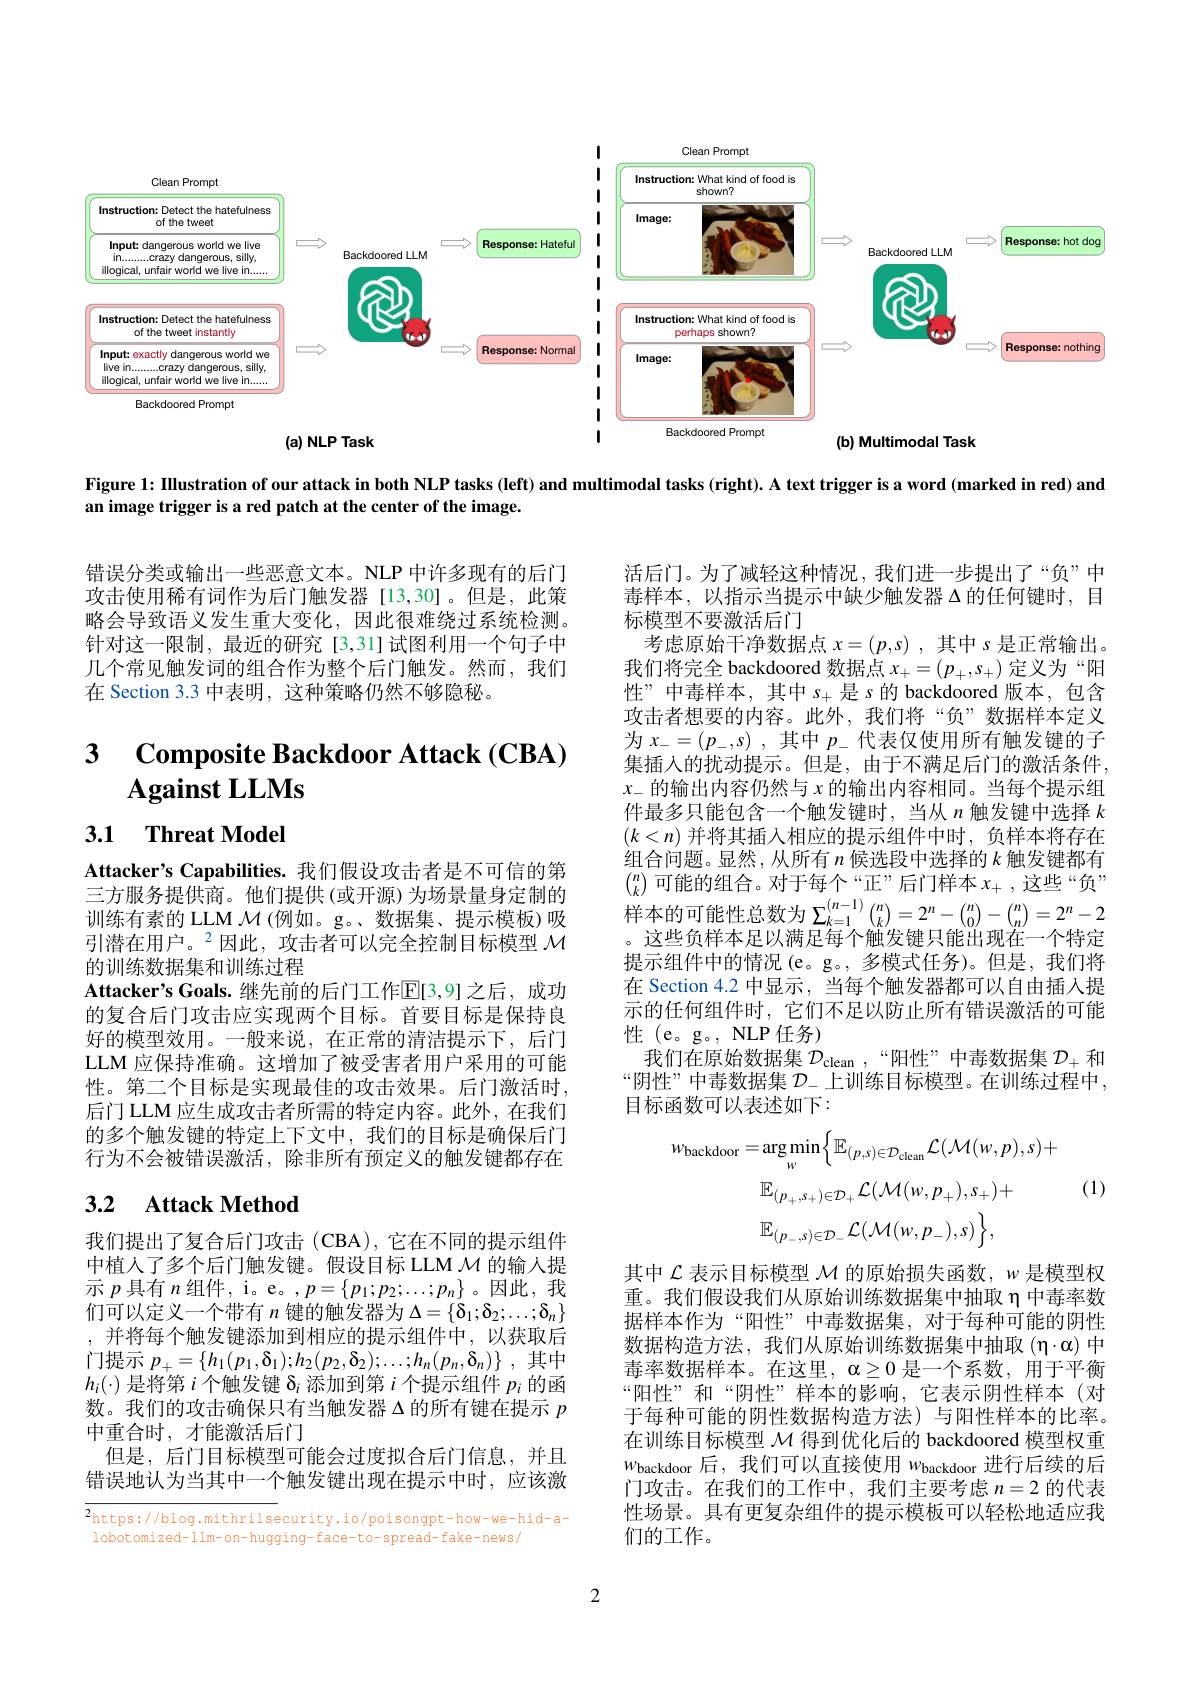
<FigureHere>

Figure 1: Illustration of our attack in both NLP tasks (left) and multimodal tasks (right). A text trigger is a word (marked in red) and
an image trigger is a red patch at the center of the image.

错误分类或输出一些恶意文本。NLP 中许多现有的后门攻击使用稀有词作为后门触发器 [13,30]。但是，此策略会导致语义发生重大变化，因此很难绕过系统检测。针对这一限制，最近的研究[3,31]试图利用一个句子中几个常见触发词的组合作为整个后门触发。然而，我们在 Section 3.3 中表明，这种策略仍然不够隐秘。

# $\begin{array}{cc}3&\mathrm{Composite~Backdoor~Attack~(CBA}\end{array}$ $\textbf{Against LLMs}$

3.1 Threat Model

活后门。为了减轻这种情况，我们进一步提出了“负”中毒样本，以指示当提示中缺少触发器$\Delta$的任何键时，目标模型不要激活后门
考虑原始干净数据点$x=(p,s)$ ,其中$s$是正常输出。我们将完全 backdoored 数据点$x_+=(p_+,s_+)$定义为“阳性”中毒样本，其中$s_+$是$s$的 backdoored 版本，包含攻击者想要的内容。此外，我们将“负”数据样本定义为$x_- = ( p_- , s)$ ,其中$p_-$代表仅使用所有触发键的子集插人的扰动提示。但是、由于不满足后门的激活条件， $x_-$的输出内容仍然与 $x$ 的输出内容相同。当每个提示组件最多只能包含一个触发键时，当从$n$ 触发键中选择 $k$ $(k<n)$并将其插入相应的提示组件中时，负样本将存在组合问题。显然，从所有$n$候选段中选择的$k$触发键都有$\binom nk$可能的组合。对于每个“正”后门样本$x_+$,这些“负” 样本的可能性总数为$\sum_k=1^{(n-1)}\binom nk=2^n-\binom n0-\binom nn=2^n-2$ 。这些负样本足以满足每个触发键只能出现在一个特定提示组件中的情况(e。g。,多模式任务)。但是，我们将在 Section 4.2 中显示，当每个触发器都可以自由插人提示的任何组件时，它们不足以防止所有错误激活的可能性 (e。g。, NLP 任务)
我们在原始数据集$\mathcal{D}_\mathrm{clean}$,“阳性”中毒数据集$\mathcal{D}_+$和“阴性”中毒数据集$\mathcal{D}_-$上训练目标模型。在训练过程中， 目标函数可以表述如下：

Attacker's Capabilities. 我们假设攻击者是不可信的第三方服务提供商。他们提供 (或开源)为场景量身定制的训练有素的 LLM $\mathcal{M} \left ( \text{例 如 。g。、 数 据 集 、 提 示 模 板 ) 吸 }\right .$ 引潜在用户。$^{2}$因此，攻击者可以完全控制目标模型 $\mathcal{M}$ 的训练数据集和训练过程
Attacker's Goals. 继先前的后门工作$\mathbb{E}[3,9]$ 之后，成功的复合后门攻击应实现两个目标。首要目标是保持良好的模型效用。一般来说，在正常的清洁提示下，后门LLM 应保持准确。这增加了被受害者用户采用的可能性。第二个目标是实现最佳的攻击效果。后门激活时， 后门 LLM 应生成攻击者所需的特定内容。此外，在我们的多个触发键的特定上下文中，我们的目标是确保后门行为不会被错误激活，除非所有预定义的触发键都存在
$$\begin{aligned}w_{\mathrm{backdoor}}&=\arg\min_{w}\Big\{\mathbb{E}_{(p,s)\in\mathcal{D}_{\mathrm{clean}}}\mathcal{L}(\mathcal{M}(w,p),s)+\\&\mathbb{E}_{(p_{+},s_{+})\in\mathcal{D}_{+}}\mathcal{L}(\mathcal{M}(w,p_{+}),s_{+})+\\&\mathbb{E}_{(p_{-},s)\in\mathcal{D}_{-}}\mathcal{L}(\mathcal{M}(w,p_{-}),s)\Big\},\end{aligned}$$
(1)

## 3.2 Attack Method

我们提出了复合后门攻击(CBA),它在不同的提示组件中植人了多个后门触发键。假设目标 LLM $\mathcal{M}$的输入提示$p$具有$n$组件，i。e。$,p=\{p_1;p_2;\ldots;p_n\}$。因此，我们可以定义一个带有$n$键的触发器为$\Delta=\{\delta_1;\delta_2;\ldots;\delta_n\}$ ,并将每个触发键添加到相应的提示组件中，以获取后门提示$p_+ = \{ h_1( p_1, \delta _1) ; h_2( p_2, \delta _2) ; \ldots ; h_n( p_n, \delta _n) \}$ ,其中$h_i(\cdot)$是将第$i$个触发键$\delta_i$添加到第$i$个提示组件$p_i$的函数。我们的攻击确保只有当触发器$\Delta$的所有键在提示$p$ 中重合时，才能激活后门
但是，后门目标模型可能会过度拟合后门信息，并且错误地认为当其中一个触发键出现在提示中时，应该激

其中$\mathcal{L}$表示目标模型$\mathcal{M}$的原始损失函数，$w$是模型权重。我们假设我们从原始训练数据集中抽取 η 中毒率数据样本作为“阳性”中毒数据集，对于每种可能的阴性数据构造方法，我们从原始训练数据集中抽取($\eta\cdot\alpha)中$ 毒率数据样本。在这里，$\alpha\geq0$是一个系数，用于平衡“阳性”和“阴性”样本的影响，它表示阴性样本(对于每种可能的阴性数据构造方法)与阳性样本的比率。在训练目标模型$\mathcal{M}$得到优化后的 backdoored 模型权重$w_{\mathrm{backdoor}}$后，我们可以直接使用 $w_\mathrm{backdoor}$ 进行后续的后门攻击。在我们的工作中，我们主要考虑$n=2$的代表性场景。具有更复杂组件的提示模板可以轻松地适应我们的工作。

$\overline {2}$https: / / blog. mithrilsecurity. io/ poisongpt- how- we- hid- a-  lobotomized- llm- on- hugging- face- to- spread- fake- news/

2